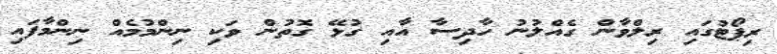
ރިޕޯޓުގައި ރިލްވާން ގެއްލުނު ހާދިސާ އާއި ގުޅޭ ގޮތުން ވަކި ނިންމުމެއް ނިންމާފައި